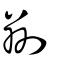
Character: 㔍